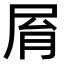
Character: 𡱑